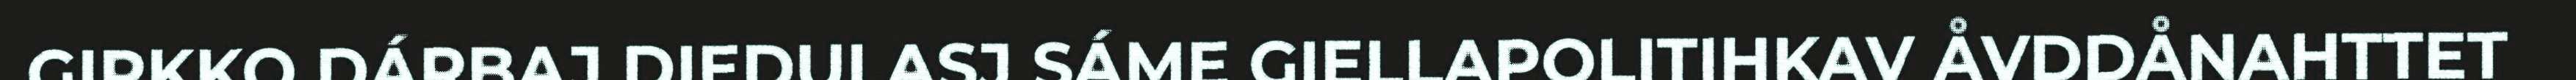
GIRKKO DÁRBAJ DIEDULASJ SÁME GIELLAPOLITIHKAV ÅVDDÅNAHTTET